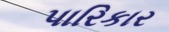
પારિકાર